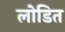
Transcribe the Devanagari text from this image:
लोडित